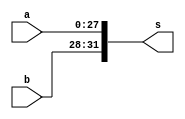
`timescale 1ns / 1ps
//////////////////////////////////////////////////////////////////////////////////
// Company: 
// Engineer: 
// 
// Design Name: 
// Module Name: JOIN
// Project Name: 
// Target Devices: 
// Tool Versions: 
// Description: 
// 
// Dependencies: 
// 
// Revision:
// Revision 0.01 - File Created
// Additional Comments:
// 
//////////////////////////////////////////////////////////////////////////////////


module JOIN(
input [27:0] a,
input [3:0] b,
output [31:0] s
    );
    assign s[31:28]=b;
    assign s[27:0]=a;
endmodule